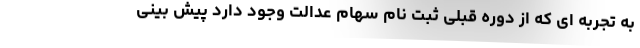
به تجربه ای که از دوره قبلی ثبت نام سهام عدالت وجود دارد پیش بینی